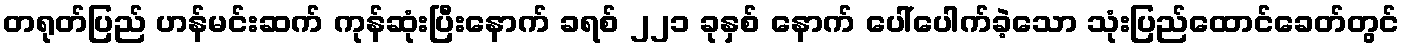
တရုတ်ပြည် ဟန်မင်းဆက် ကုန်ဆုံးပြီးနောက် ခရစ် ၂၂၁ ခုနှစ် နောက် ပေါ်ပေါက်ခဲ့သော သုံးပြည်ထောင်ခေတ်တွင်